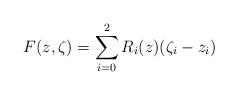
LaTeX: \begin{align*}F(z,\zeta)=\sum_{i=0}^2R_i(z)(\zeta_i-z_i)\end{align*}